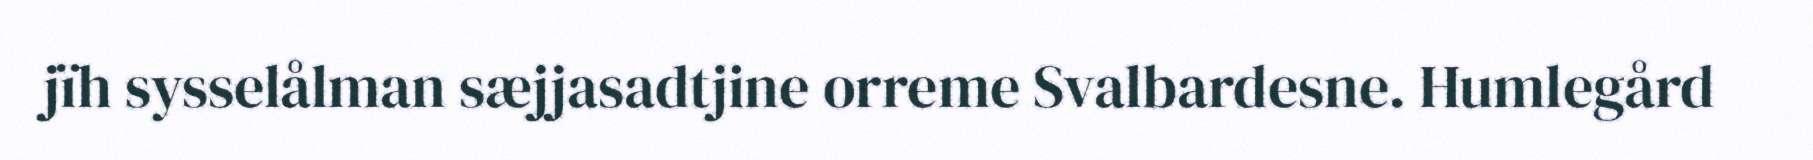
jïh sysselålman sæjjasadtjine orreme Svalbardesne. Humlegård